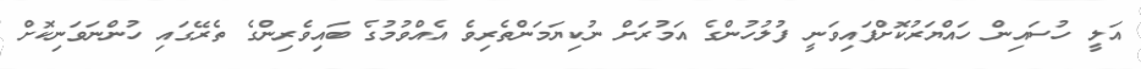
އަލީ ހުސައިން ހައްޔަރުކޮށްފައިވަނީ ފުލުހުންގެ އަމުރަށް ނުކިޔަމަންތެރިވެ އެއްވުމުގެ ބައިވެރިންގެ ތެރޭގައި ހުންނަވަނިކޮށް